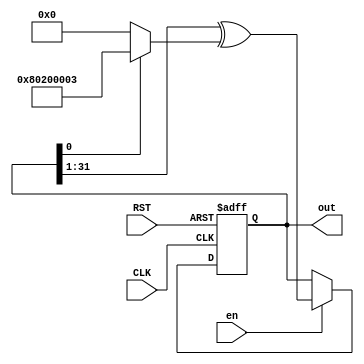

// internal lfsr 32bit
// tap 32, 22, 2, 1

module lfsr32
  #(
    parameter taps = ((1 << 31) | (1 << 21) | (1 << 1) | 1),
    parameter init_state = 32'haaaa_aaaa
    )
  (
   input         CLK,
   input         RST,

   input         en,
   output [31:0] out
   );

    reg [31:0]   state;
    wire         o;

    assign o = state[0];
    wire [31:0]  masked = o ? taps : 32'd0;

    assign out = state;

    always @(posedge CLK or negedge RST)
      if (!RST) begin
          state <= init_state;
      end else begin
          if (en)
            state <= ((state >> 1) ^ masked);
      end
    
endmodule